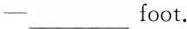
——___foot.